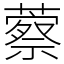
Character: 䕓